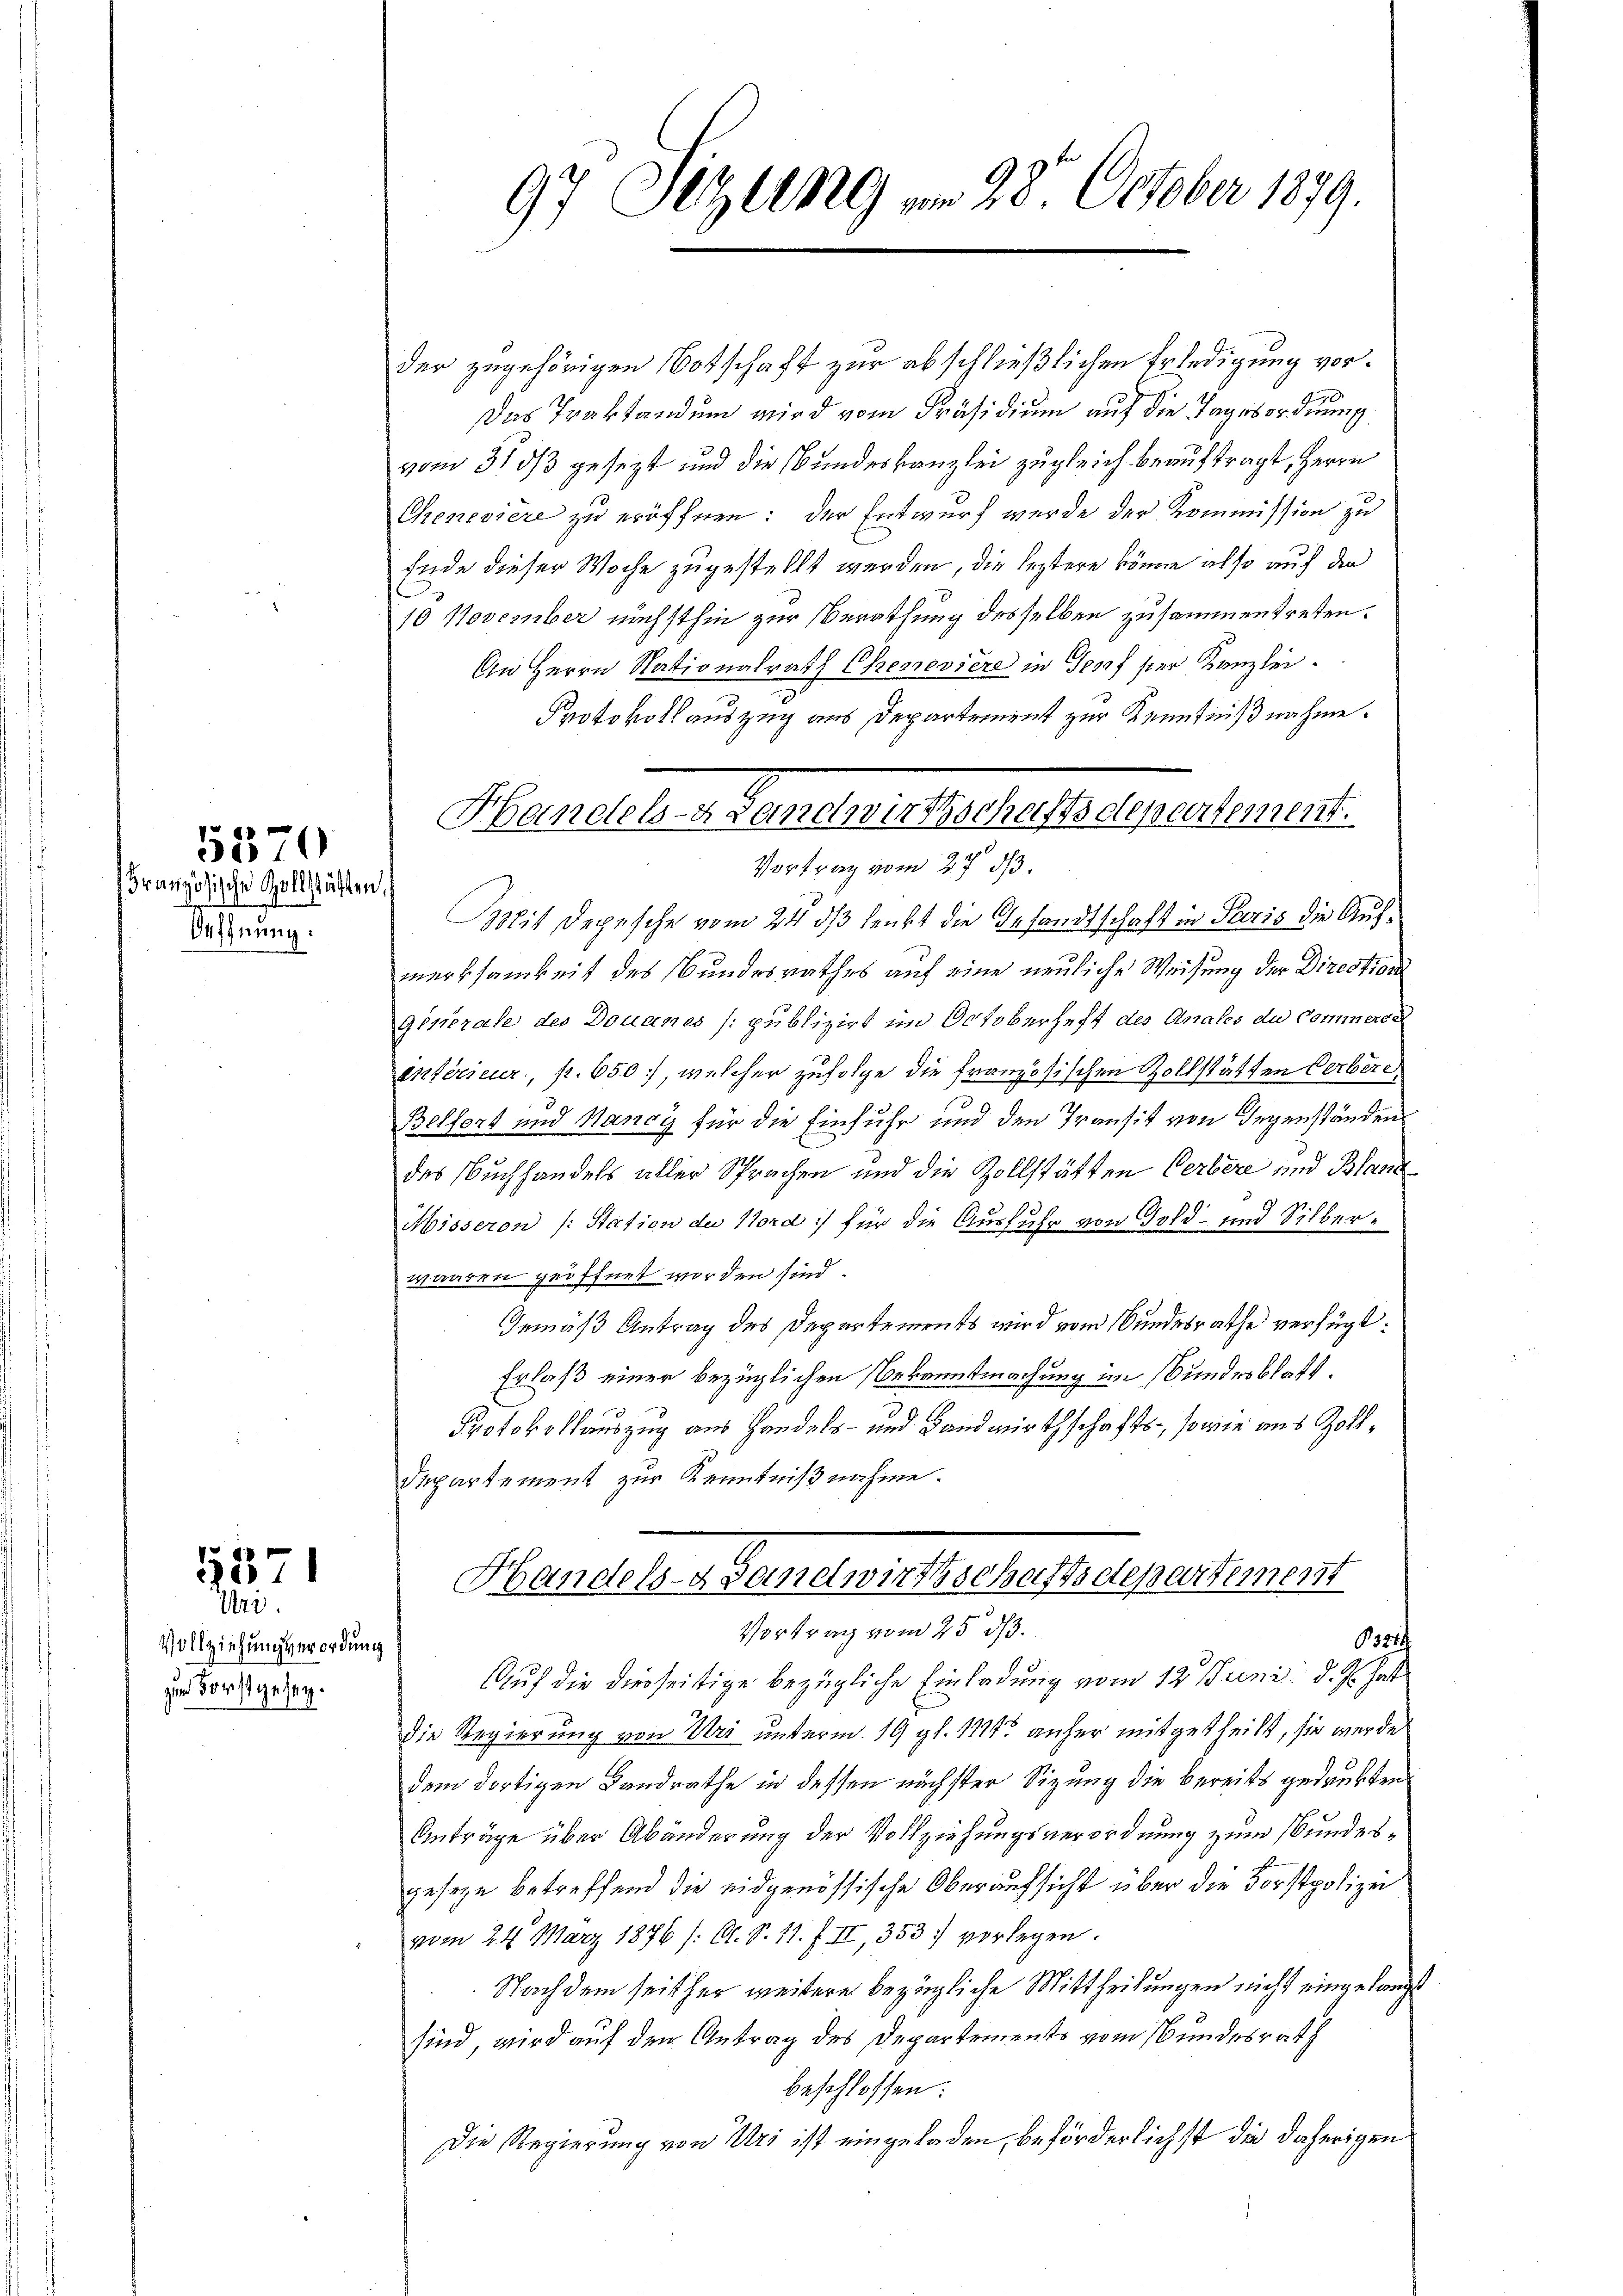
5570

Französische Zollstätten,
Oeffnung:

1571

Uri.
Vollziehungserordnung
zum Forstgesez¬

97 Setzung vom 28. October 1879.

der zugehörigen Botschaft zur abschließlichen Erledigung vor¬
Das Traktandum wird vom Präsidium auf die Tagebordnung
vom 31 ds gesezt und die Bundeskanzlei zugleich beauftragt, Herrn
Chenevière zu eröffnen: der Entwurf wurde der Kommission zu
Ende dieser Woche zugestellt werden, die leztere könne also auf den
10 November nächsthin zur Berathung desselben zusammentreten.
An Herrn Nationalrath Chenevière in Genf ser Kanzlei.
Protokollauszug aus Departement zur Kenntnißnahme.
Vortrag vom 27. ds.
Mit Depesche vom 24. ds lenkt die Gesandtschaft in Paris die Aufmerksamkeit des Bundesrathes auf eine neuliche Weisung der Direction
Generale des Douanes (publizirt im Octoberhaft des Anales du Commerse
entérieur, p. 650, welcher zufolge die französischen Zollstätten Verbere
Belfert und Nancy für die Einfuhr und den Transit von Gegenständen
des Buchhandels aller Sprachen und die Zollstätten Verbere und Bland
e
Misseren (: Station der Nord :/ für die Ausfuhr von Gold- und Silberwaaren geöffnet worden sind.
Gemäß Antrag des Departements wird vom Bundesrathe verfügt:
Erlaß einer bezüglichen Bekanntmachung im Bundesblatt.
Protokollauszug aus Handels- und Landwirthschafts-, sowie aus Zoll¬
Departement zur Kenntnißnahme.
Handels- Ganelwirthschaftsdepertement
Vortrag vom 25. ds.
321
Auf die diesseitige bezügliche Einladung vom 12. Juni d. Js. hat
Die Regierung von Uri unterm 19 gl. 1791 anher mitgetheilt, sie werde
dem dortigen Landrathe in dessen nächster Sizung die bereits gedrukten
Anträge über Abänderung der Vollziehungsverordnung zum Bundesgeseze betreffend die eidgenössische Oberaufsicht über die Forstpolizei
vom 24. März 1876 /: A. S. 11. f. II, 353. vorlegen.
Nach dem seither weitere bezügliche Mittheilungen nicht eingelangt
sind, wird auf den Antrag des Departements vom Bundesrath
beschlossen:
Die Regierung von Uri ist eingeladen, beförderlichst die daherigen

Handels- Leinetwirtschaftschepeartement.